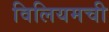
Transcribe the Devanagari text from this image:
विलियमची